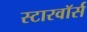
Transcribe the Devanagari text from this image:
स्टारवॉर्स